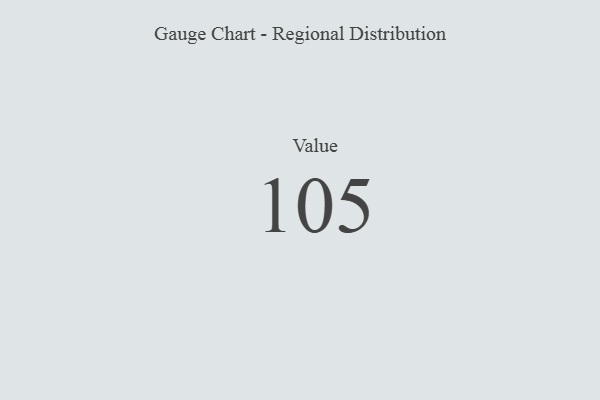
{"axis": {"x": "Metric", "y": "Value"}, "legend": [""], "data": [{"x": "Value", "y": 105, "type": ""}]}